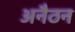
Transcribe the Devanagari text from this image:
अनैठन